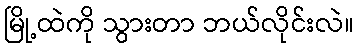
မြို့ထဲကို သွားတာ ဘယ်လိုင်းလဲ။